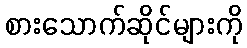
စားသောက်ဆိုင်များကို